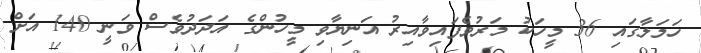
ހަމަލާގައި 36 މީހަކު މަރުވެފައިވާއިރު އަނިޔާވި މީހުންގެ އަދަދުވެސް ވަނީ 140 އަށް